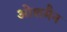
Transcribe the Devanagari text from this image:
ओशमैन